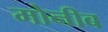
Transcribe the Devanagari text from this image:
मोनीब